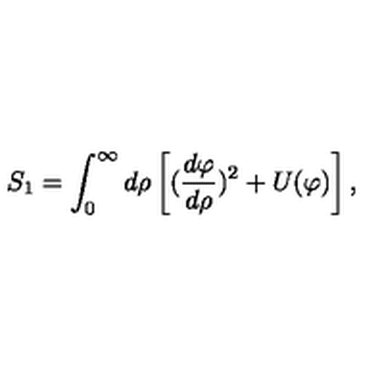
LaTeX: S _ { 1 } = \int _ { 0 } ^ { \infty } d \rho \left[ ( { \frac { d \varphi } { d \rho } } ) ^ { 2 } + U ( \varphi ) \right] ,